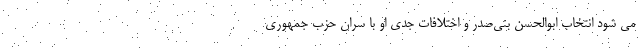
می شود انتخاب ابوالحسن بنی‌صدر و اختلافات جدی او با سران حزب جمهوری